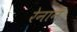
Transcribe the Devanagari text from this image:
रेनान